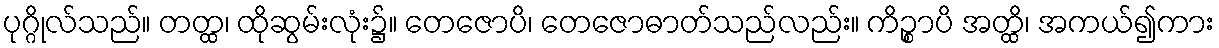
ပုဂ္ဂိုလ်သည်။ တတ္ထ၊ ထိုဆွမ်းလုံး၌။ တေဇောပိ၊ တေဇောဓာတ်သည်လည်း။ ကိဉ္စာပိ အတ္ထိ၊ အကယ်၍ကား